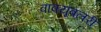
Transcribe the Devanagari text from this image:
वाक्यूबलरी